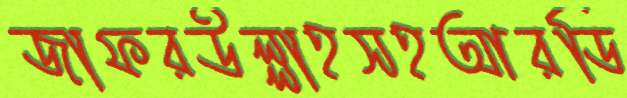
জাফরউল্লাহসহআরডি